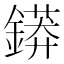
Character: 䥈